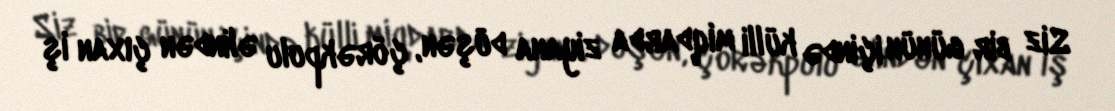
Siz bir günün içində külli miqdarda ziyana düşən, çörəkpulu əlindən çıxan iş